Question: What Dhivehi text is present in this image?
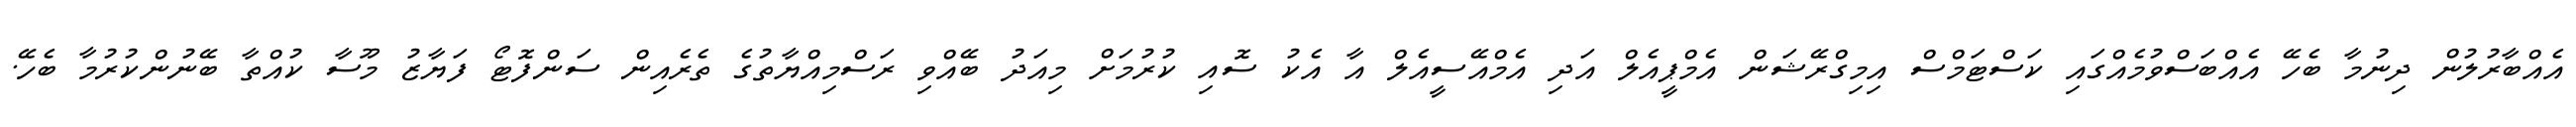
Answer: އެއްބާރުލުން ދިނުމާ ބެހޭ އެއްބަސްވުމެއްގައި ކަސްޓަމްސް އިމިގްރޭޝަން އެމްޕީއެލް އަދި އެމްއޭސީއެލް އާ އެކު ސޮއި ކުރުމަށް މިއަދު ބޭއްވި ރަސްމިއްޔާތުގެ ތެރެއިން ސަންފޮޓޯ ފަޔާޒު މޫސާ ކުއްތާ ބޭނުންކުރުމާ ބެހޭ.